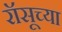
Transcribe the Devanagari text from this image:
रॉसूच्या